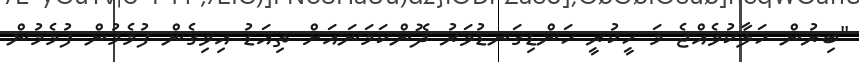
"ބިރުން ހަލާކުވެއްޖެ މަ ހީކުރީ ހަންޑިގަނޑުވަރު ދޮންކަމަނައަށް ތިއަޑު އިވިގެން ފުމެމުން ފުމެމުން